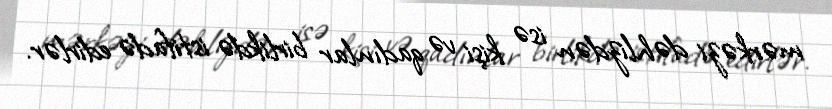
mərkəzi dəhlizdən isə kişi və qadınlar birlikdə istifadə edirlər.